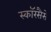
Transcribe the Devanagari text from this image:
स्कॉरसैसे